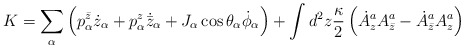
\begin{align*}K = \sum_\alpha\left(p^{\bar z}_\alpha \dot z_{\alpha}+p^{z}_\alpha \dot{{\bar z}}_{\alpha}+J_\alpha \cos \theta_\alpha \dot \phi_\alpha\right)+\int d^2 z {\kappa\over 2}\left(\dot A^a_z A^a_{\bar z} -\dot A^a_{\bar z}A^a_{ z}\right)\end{align*}